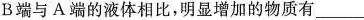
B端与A端的液体相比，明显增加的物质有